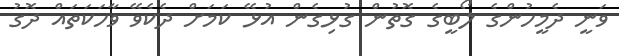
ވަނީ ދެމީހުންގެ ލޯބީގެ ގޮތުން ގުޅިގެން އުޅޭ ކަމަށް ދެކެވޭ ވާހަކަތައް ދޮގު